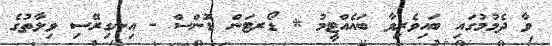
ވާ ދެމުމުގައި ބައިވެރިވާ ބައެއްޓީމު * ޑޯރޓަން ޑޮންސް - އިނގިރޭސި ވިލާތުގެ